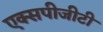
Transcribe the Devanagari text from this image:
एक्सपीजीटी